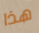
هذا